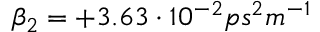
\beta _ { 2 } = + 3 . 6 3 \cdot 1 0 ^ { - 2 } p s ^ { 2 } m ^ { - 1 }